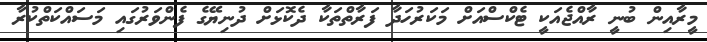
މީރާއިން ބުނީ ރާއްޖެއަކީ ޓެކްސްއަށް މަކަރުހަދާ ފަރާތްތަކާ ދެކޮޅަށް ދުނިޔޭގެ ފެންވަރުގައި މަސައްކަތްކުރާ